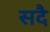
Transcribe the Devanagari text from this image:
सदै